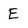
Character: E